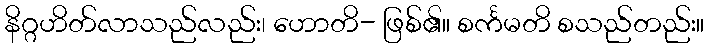
နိဂ္ဂဟိတ်လာသည်လည်း၊ ဟောတိ- ဖြစ်၏။ စင်္ကမတိ စသည်တည်း။